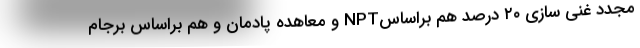
مجدد غنی سازی ۲۰ درصد هم براساسNPT و معاهده پادمان و هم براساس برجام